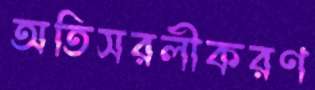
অতিসরলীকরণ